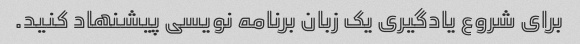
برای شروع یادگیری یک زبان برنامه نویسی پیشنهاد کنید.